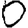
Digit: 0